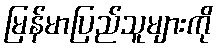
မြန်မာပြည်သူများကို